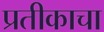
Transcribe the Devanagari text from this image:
प्रतीकाचा